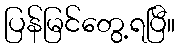
ပြန်မြင်တွေ့ရပြီ။